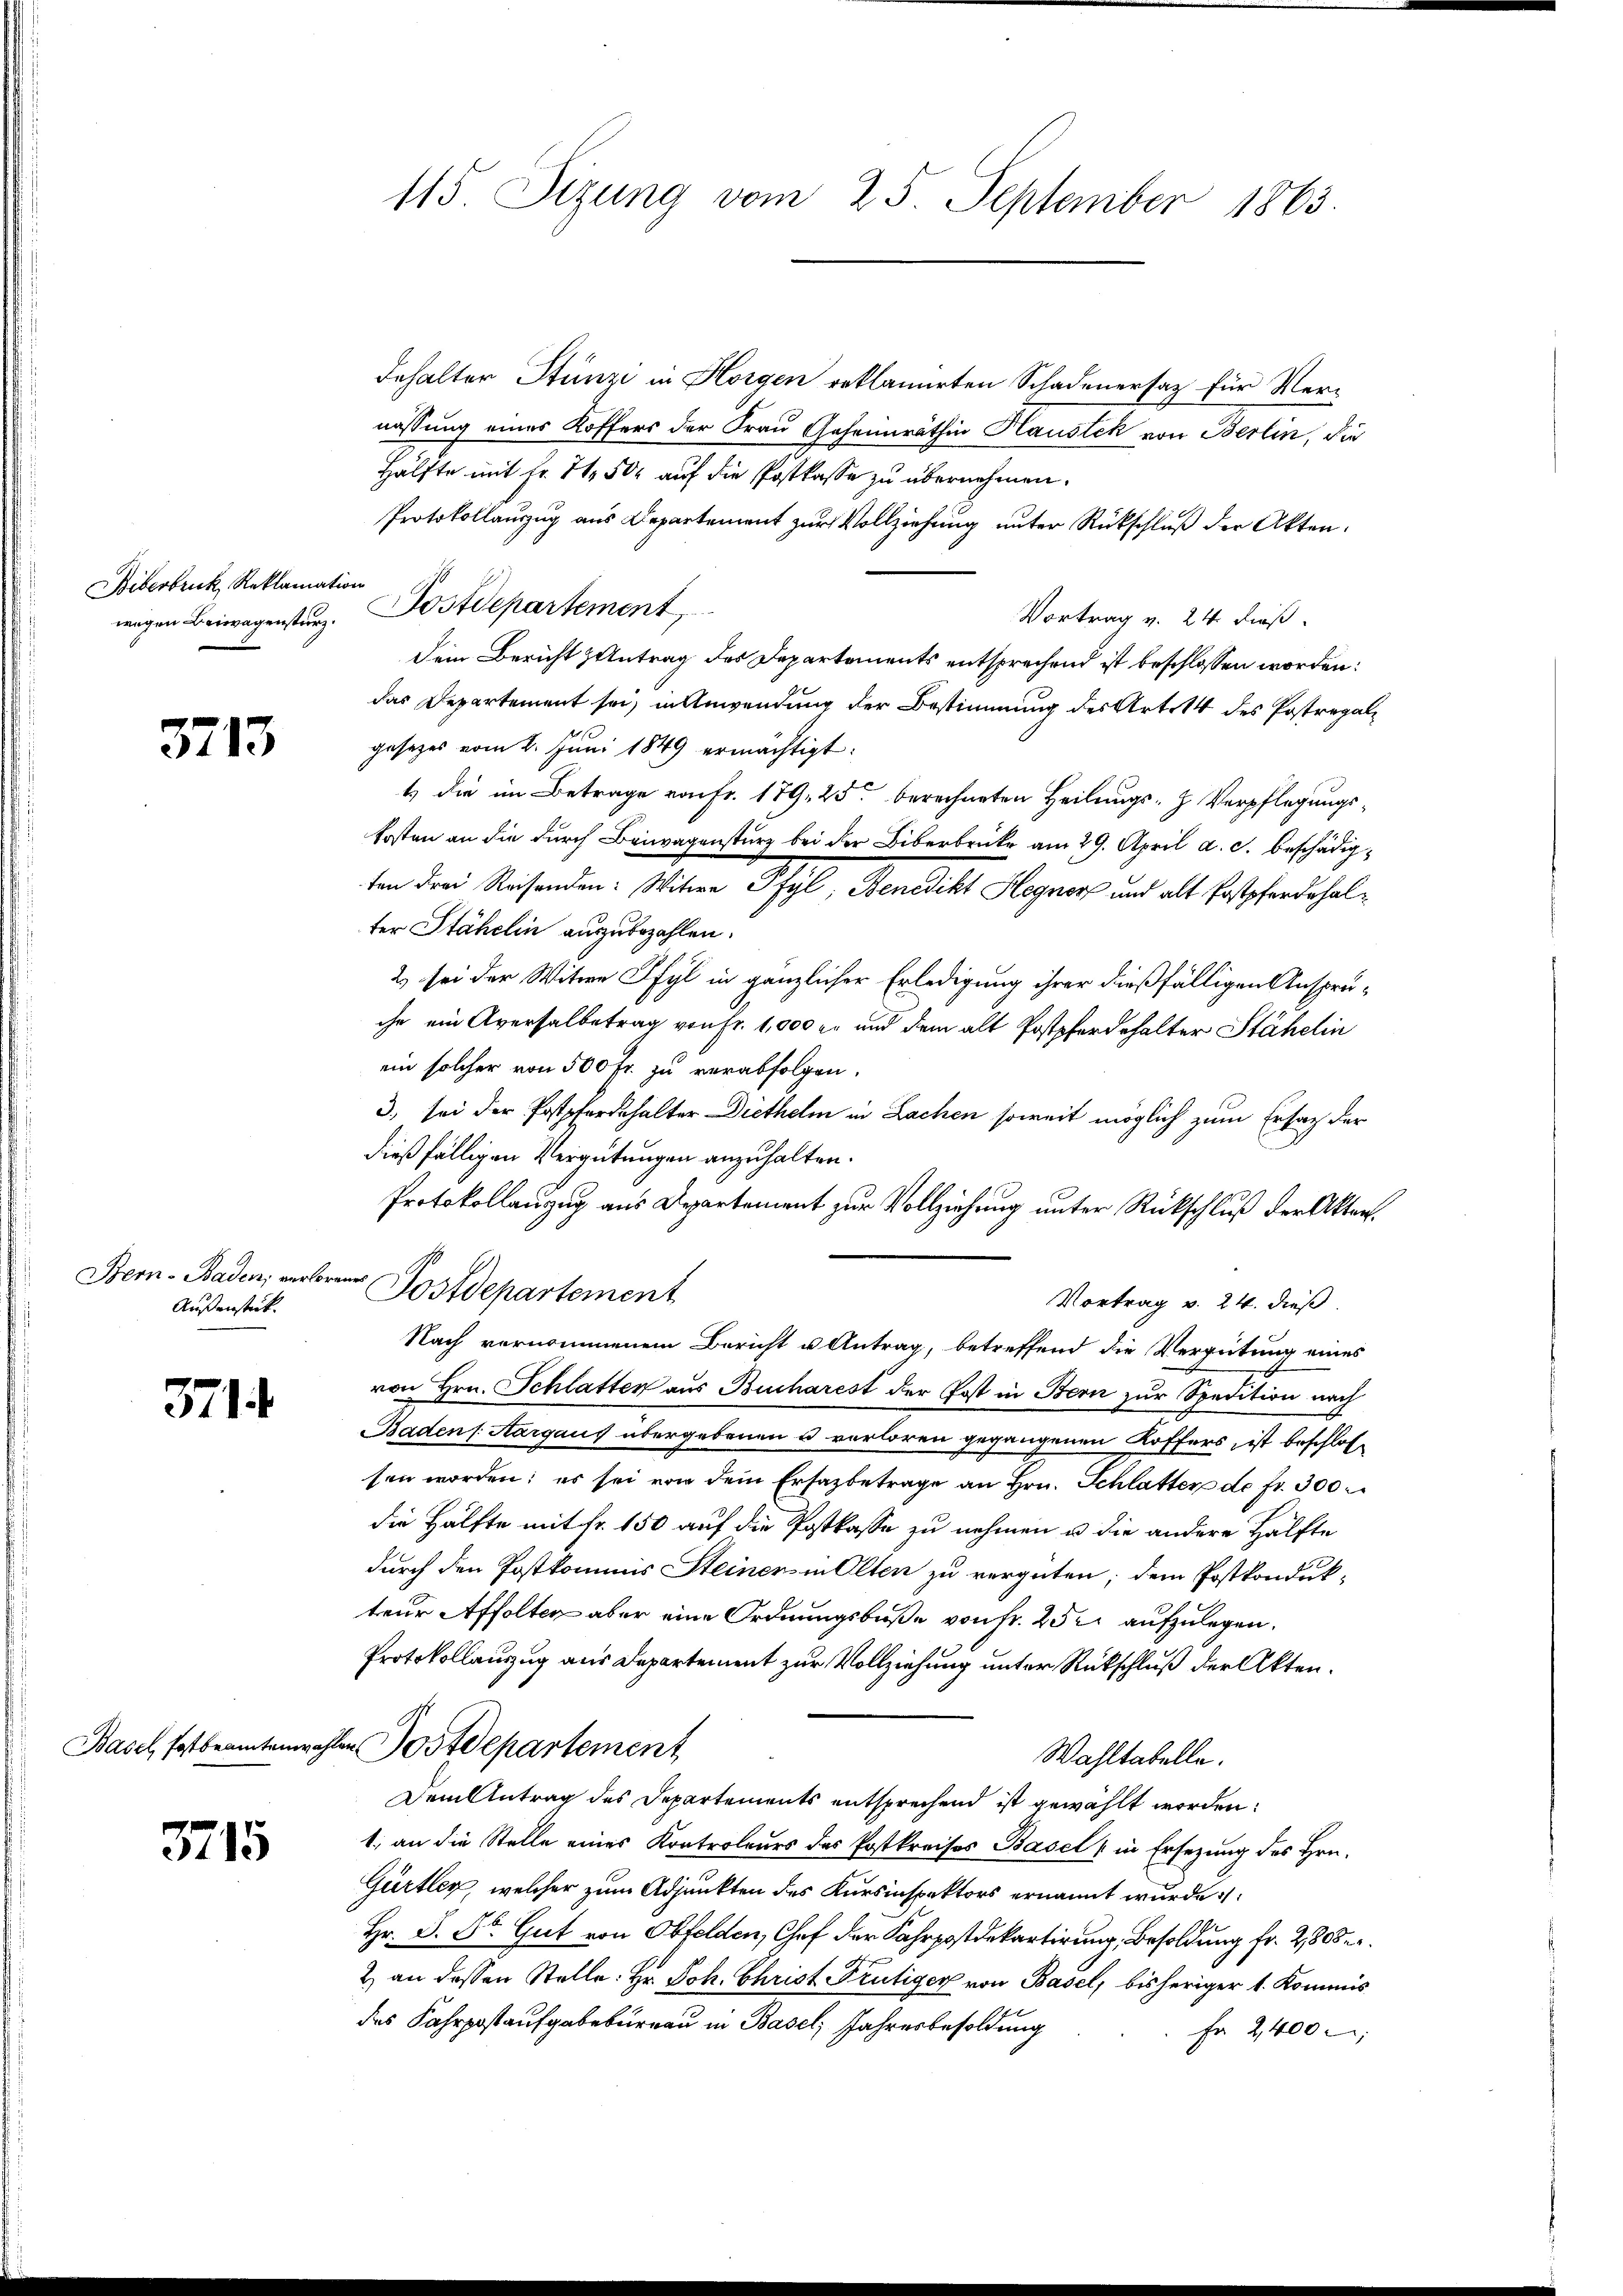
Biberbruck, Reklamation

3713

Bern - Baden, verlorenes
Außenstück.

371

Basel, Postbeamtenwahr

3715

115. Sizung vom 25. September 1863.

behalter Stünzi in Horgen reklamirten Schadenersatz für Ver-
nassung eines Koffers der Frau Johannräthin Haustek von Berlin, die
Hälfte mit Fr. 7 50 auf die Postkasse zu übernehmen.
Protokollauszug aus Departement zur Vollziehung unter Rückschluß der Akten.
Vortrag v. 24. dieß.
Dein Bericht Antrag des Departements entsprechend ist beschlossen worden:
das Departement sei, in Anwendung der Bestimmung des Art. 14 des Postregal
gesezes vom 2. Juni 1849 ermächtigt:
t die im Betrage von Fr. 179, 25 berechneten Heilungs- Verpflegungskosten an die durch Beiwagensturz bei der Liberbrücke am 29. April a. c. beschädigten drei Reisenden: Witwe Pfyl, Benedikt Hegner und alt Postpferdehalter Stähelin auszubezahlen.
2) sei der Witwe Pfyl in gänzlicher Erledigung ihrer dießfälligen Anspruche ein Aversalbetrag von Fr. 1,000 er und dem alt Postpferdehalter Stähelin
ein solcher von 500 Fr. zu verabfolgen.
3) sei der Postpferdehalter Diethelm in Lachen soweit möglich zum Ersatz der
dießfälligen Vergütungen anzuhalten.
Protokollanzug aus Departement zur Vollziehung unter Rückschluß der Akten.
Postdepartement
Vortrag v. 24. dieß.
Nach vernommenem Bericht u Antrag, betreffend die Vergütung eines
von Hrn. Schlatter aus Bucharest der Post in Bern zur Spedition nach
Baden (Aargaus übergebenen u verloren gegangenen Koffers, ist beschlos-
sen worden; es sei von dem Ersazbetrage an Hrn. Schlatter de fr. 300
die Hälfte mit fr. 150 auf die Postkasse zu nehmen u die andere Hälfte
durch den Postkommis Steiner in Olten zu vergüten; dem Postkondukteur Affolten aber eine Ordnungsbuße von Fr. 252 aufzulegen.
Protokollauszug aus Departement zur Vollziehung unter Rückschluß der Akten.
den Postdepartement
Wahltabelle.
Dem Antrag des Departements entsprechend ist gewählt worden:
1. an die Stelle eines Kontroleurs des Postkreises Basel in Ersezung des Hrn.
Gürtler, welcher zum Adjunkten des Kursinspektors ernannt wurde.
Hr. P. Dr. Gut von Obfelden, Chef der Fahrpostdepartirung, Besoldung fr. 2,805.
2) an dessen Stelle: Hr. Joh. Christ Frutiger von Basel, bisheriger 1. Kommis
des Fahrpostaufgabebureau in Basel Jahresbesoldung
Fr. 2400

wegen Beiwegensturz. Postdepartement